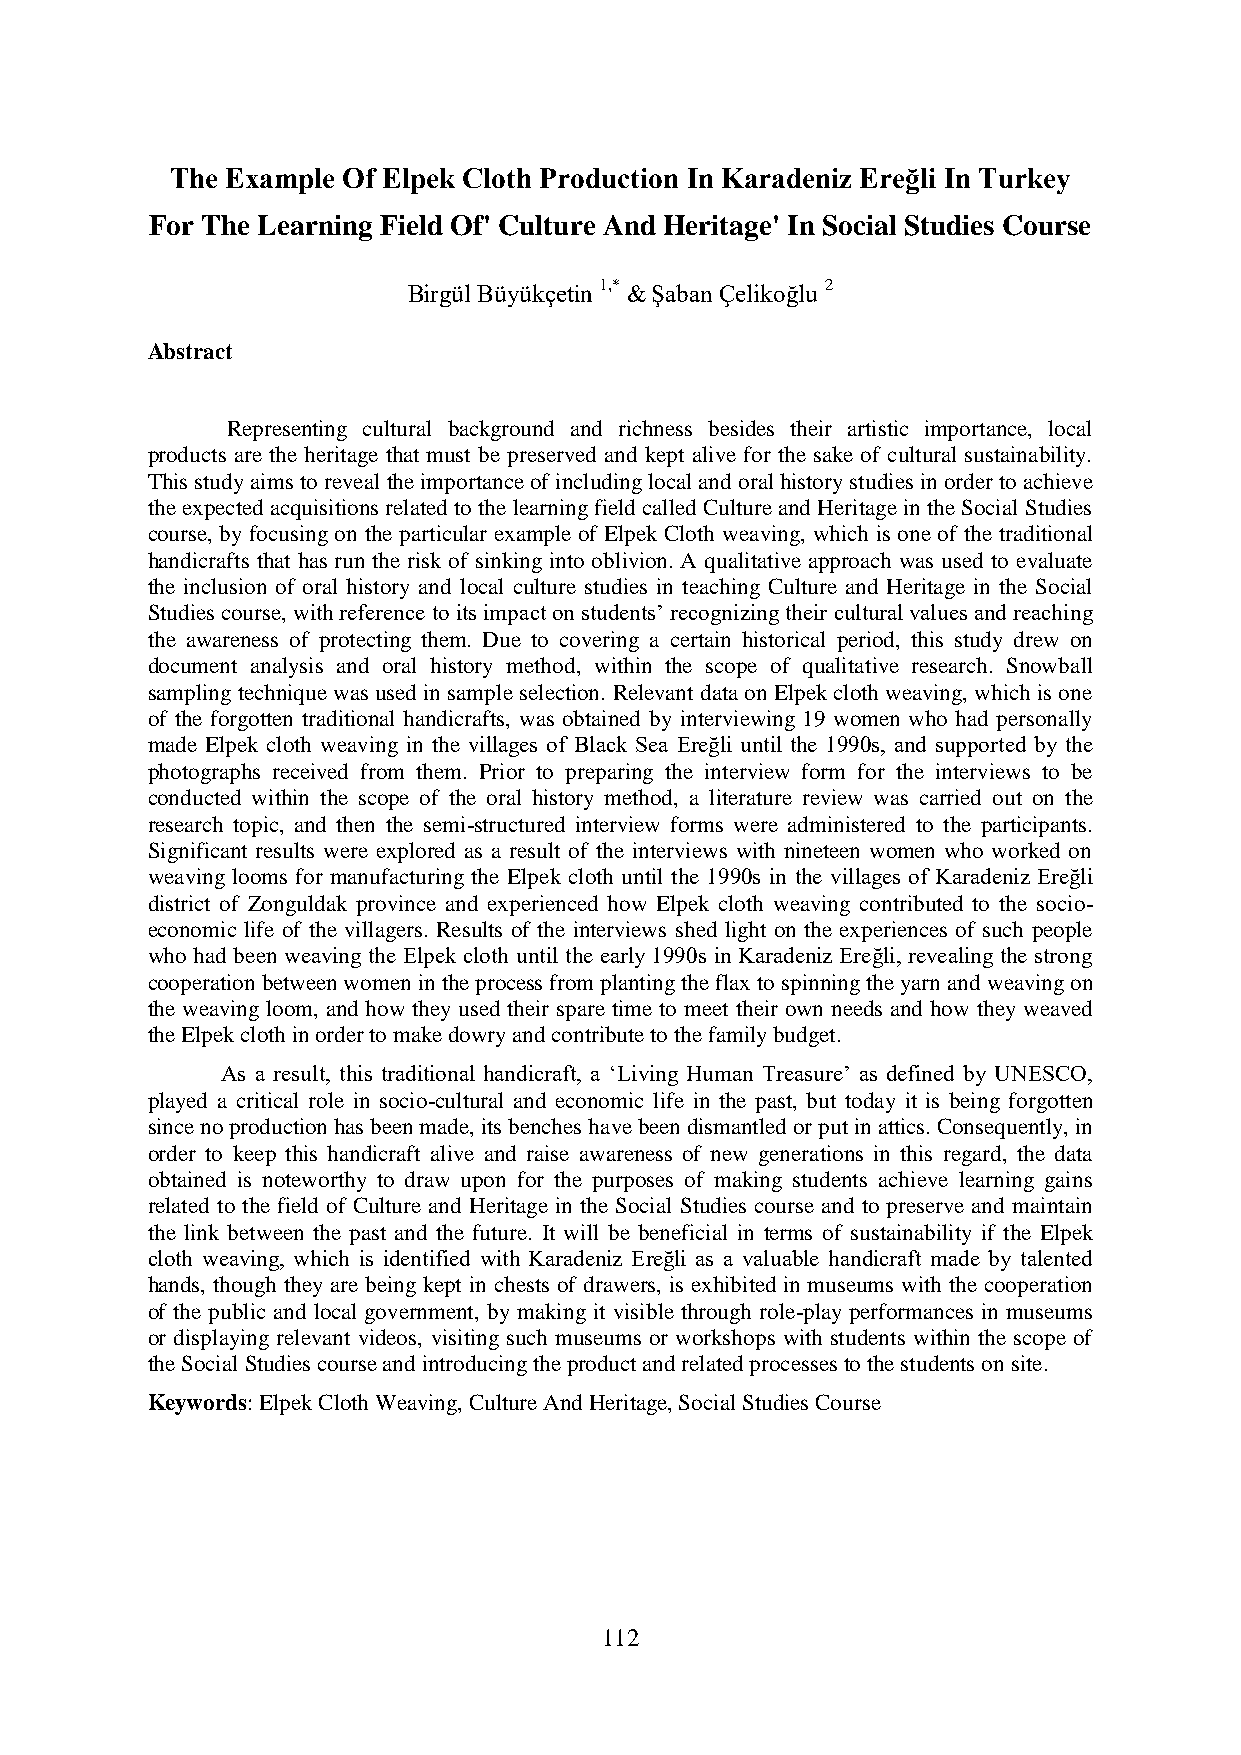
The Example Of Elpek Cloth Production In Karadeniz Ereğli In Turkey
 For The Learning Field Of' Culture And Heritage' In Social Studies Course
 Birgül Büyükçetin 1,* & Şaban Çelikoğlu 2
 Abstract
 Representing cultural background and richness besides their artistic importance, local
 products are the heritage that must be preserved and kept alive for the sake of cultural sustainability.
 This study aims to reveal the importance of including local and oral history studies in order to achieve
 the expected acquisitions related to the learning field called Culture and Heritage in the Social Studies
 course, by focusing on the particular example of Elpek Cloth weaving, which is one of the traditional
 handicrafts that has run the risk of sinking into oblivion. A qualitative approach was used to evaluate
 the inclusion of oral history and local culture studies in teaching Culture and Heritage in the Social
 Studies course, with reference to its impact on students’ recognizing their cultural values and reaching
 the awareness of protecting them. Due to covering a certain historical period, this study drew on
 document analysis and oral history method, within the scope of qualitative research. Snowball
 sampling technique was used in sample selection. Relevant data on Elpek cloth weaving, which is one
 of the forgotten traditional handicrafts, was obtained by interviewing 19 women who had personally
 made Elpek cloth weaving in the villages of Black Sea Ereğli until the 1990s, and supported by the
 photographs received from them. Prior to preparing the interview form for the interviews to be
 conducted within the scope of the oral history method, a literature review was carried out on the
 research topic, and then the semi-structured interview forms were administered to the participants.
 Significant results were explored as a result of the interviews with nineteen women who worked on
 weaving looms for manufacturing the Elpek cloth until the 1990s in the villages of Karadeniz Ereğli
 district of Zonguldak province and experienced how Elpek cloth weaving contributed to the socio-
 economic life of the villagers. Results of the interviews shed light on the experiences of such people
 who had been weaving the Elpek cloth until the early 1990s in Karadeniz Ereğli, revealing the strong
 cooperation between women in the process from planting the flax to spinning the yarn and weaving on
 the weaving loom, and how they used their spare time to meet their own needs and how they weaved
 the Elpek cloth in order to make dowry and contribute to the family budget.
 As a result, this traditional handicraft, a ‘Living Human Treasure’ as defined by UNESCO,
 played a critical role in socio-cultural and economic life in the past, but today it is being forgotten
 since no production has been made, its benches have been dismantled or put in attics. Consequently, in
 order to keep this handicraft alive and raise awareness of new generations in this regard, the data
 obtained is noteworthy to draw upon for the purposes of making students achieve learning gains
 related to the field of Culture and Heritage in the Social Studies course and to preserve and maintain
 the link between the past and the future. It will be beneficial in terms of sustainability if the Elpek
 cloth weaving, which is identified with Karadeniz Ereğli as a valuable handicraft made by talented
 hands, though they are being kept in chests of drawers, is exhibited in museums with the cooperation
 of the public and local government, by making it visible through role-play performances in museums
 or displaying relevant videos, visiting such museums or workshops with students within the scope of
 the Social Studies course and introducing the product and related processes to the students on site.
 Keywords: Elpek Cloth Weaving, Culture And Heritage, Social Studies Course
 112